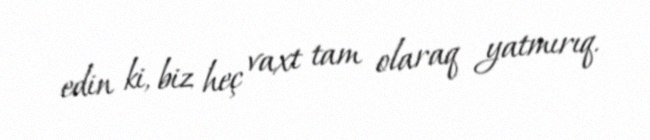
edin ki, biz heç vaxt tam olaraq yatmırıq.